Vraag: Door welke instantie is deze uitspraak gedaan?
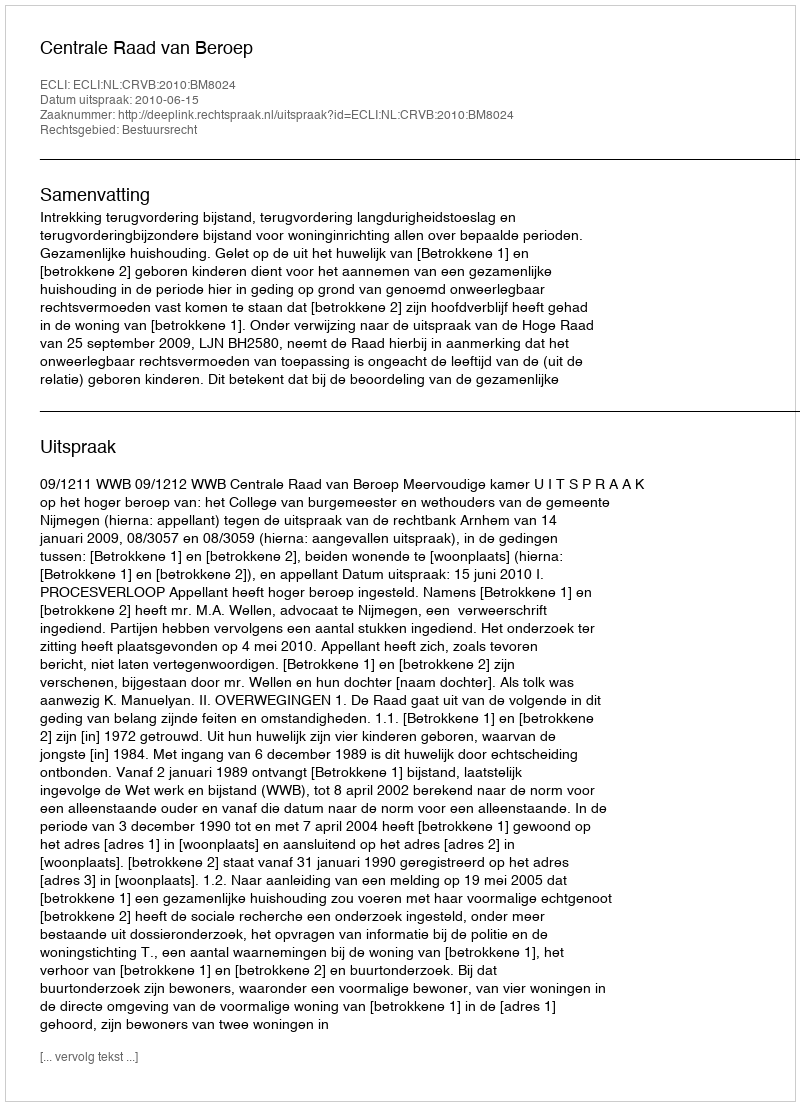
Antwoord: Centrale Raad van Beroep